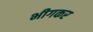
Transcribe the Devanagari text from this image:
भीगकर